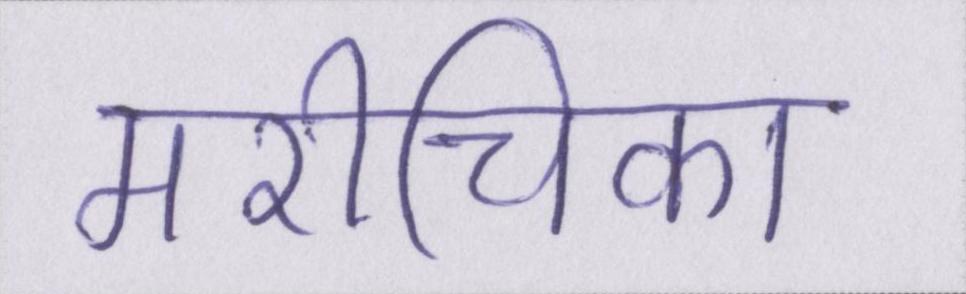
मरीचिका